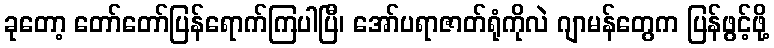
ခုတော့ တော်တော်ပြန်ရောက်ကြပါပြီ၊ အော်ပရာဇာတ်ရုံကိုလဲ ဂျာမန်တွေက ပြန်ဖွင့်ဖို့